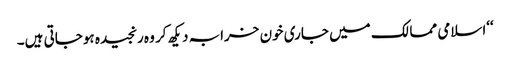
‘‘اسلامی ممالک میں جاری خون خرابہ دیکھ کر وہ رنجیدہ ہوجاتی ہیں۔